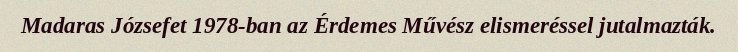
Madaras Józsefet 1978-ban az Érdemes Művész elismeréssel jutalmazták.